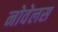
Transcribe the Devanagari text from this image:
नोवेलस